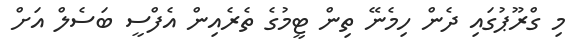
މި ގްރޫޕުގައި ދެން ހިމެނޭ ތިން ޓީމުގެ ތެރެއިން އެފްސީ ބަސެލް އަށް